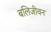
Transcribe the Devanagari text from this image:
बलिजीवन